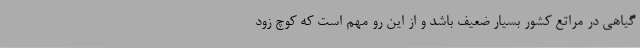
گیاهی در مراتع کشور بسیار ضعیف باشد و از این رو مهم است که کوچ زود